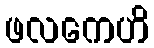
ဖလကေဟိ